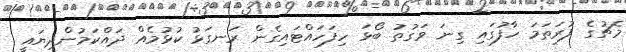
މެޗުގެ ފުރަތަމަ ހާފުގައި ގިނަ ވަގުތު ބޯޅަ ހިފަހައްޓައިގެން ރަނގަޅު ކުޅުމެއް ދައްކަމުންދިޔައީ